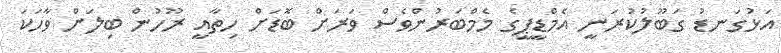
އަޅުގަނޑު ގަބޫލުކުރަނީ އެމްޑީޕީގެ މެމްބަރުންވެސް ވަރަށް ބޮޑަށް ހިތާއީ ރޫހުން ބިލަށް ވާހަކަ